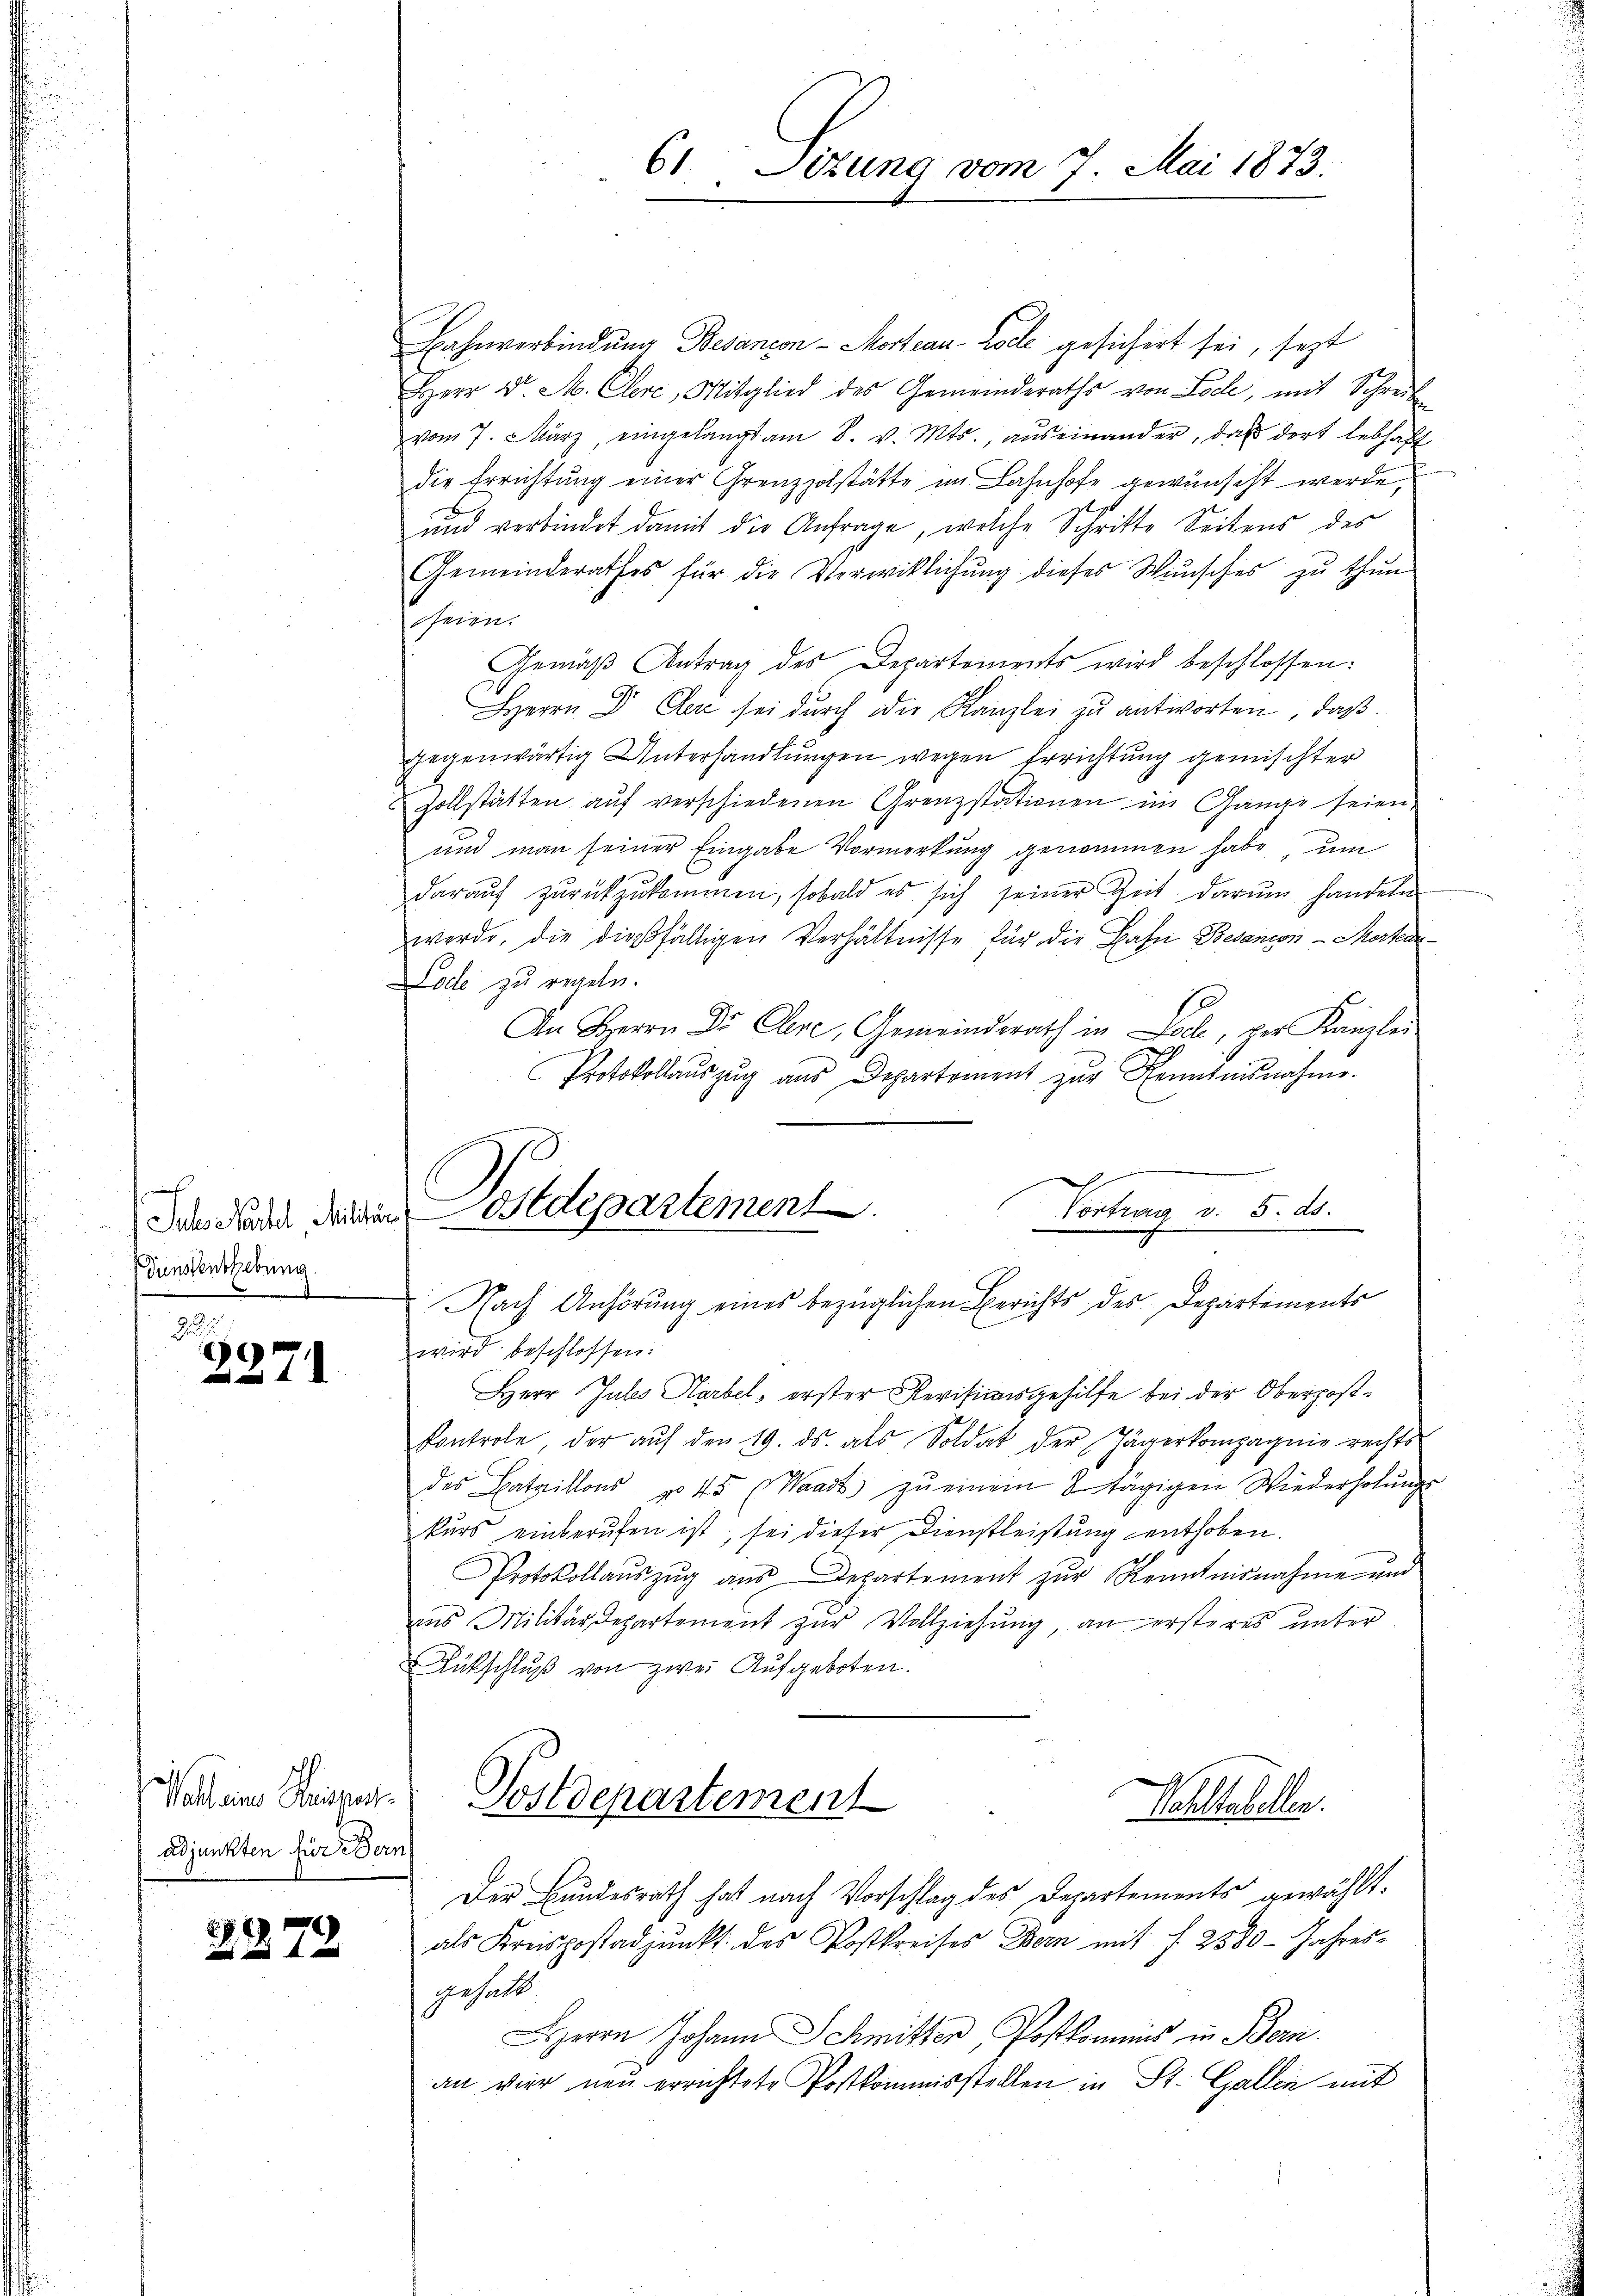
e
Juhseartel Militär¬
Dunstenthebung.
.
d

2
2371

Wolbeine Brisman
adjunkten für Bern

2272

61 Situng vom 7. Mai 1873.

Bahnverbindung Besançon-Morteau-Colle gesichert sei, sezt
Herr v. M. Clere, Mitglied des Gemeinderaths von Loche, mit Schrei-
vom 7. März, eingelangt am 8. v. Mts., aŭseinander, daß dort lebhaft
die Errichtung einer Grenzzolstätte im Bahnhofe gewünscht werde,
und verbindet damit die Anfrage, welche Schritte Seitens des
Gemeinderathes für die Verwirklichung dieses Wünsches zu thun
heien.
Gemäβ Antrag des Departements wird beschlossen:
Herrn Dr. Der sei dŭrch die Kanzlei zŭ antworten, daß
gegenwärtig Unterhandlungen wegen Errichtung gemischter
u Zollstätten aŭf verschiedenen Grenzstationen im Gange seien.
und man seiner Eingabe Vormerkung genommen habe, um
daraŭf zŭrückzŭkommen, sobald es sich seiner Zeit darŭm handeln
werde, die dießfälligen Verhältnisse für die Bahn Besanen - Morfene
Lode zu regeln.
An Herrn Dr. Clere, Gemeinderath in Loch, per Kanzlei
Protokollaŭszŭg ans Departement zŭr Kenntnisnahme.
Osedepartement
Vortrag v. 5. ds.
Nach Anhörung eines bezüglichen Berichts des Departements
wird beschlossen:
Herr Jules Harbel, erster Revisionsgehilfe bei der Oberpostkontrole, der aŭf den 19. ds. als Soldat der Jägerkompagnie rechts-
des Bataillons No 45 (Waadt zŭ einem Stägigen Wiederholŭngs-
kurs einberufen ist, sei dieser Dienstleistung enthoben.
Protokollaŭszŭg aŭs Departement zŭr Kenntnisnahme und
aus Militärdepartement zur Vollziehung, an ersteres unter
Rückschluß von zwei Aufgeboten.

Postdepartement
Weltstellen.

Der Bundesrath hat nach Vorschlag des Departements gewählt.
als Kreispostadjunkt des Postkreises Bern mit f. 2580- Jahres-
gehalt.
Herrn Johann Schmitter, Postkomens in Bern.
an vier neu errichtete Postkommisstellen in St. Gallen mit